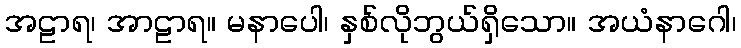
အဠာရ၊ အာဠာရ။ မနာပေါ၊ နှစ်လိုဘွယ်ရှိသော။ အယံနာဂေါ၊